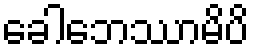
ခေါဘေဿာမိပိ